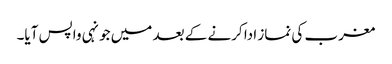
مغرب کی نماز ادا کرنے کے بعد میں جونہی واپس آیا۔